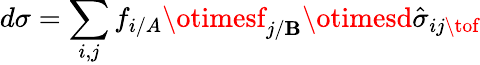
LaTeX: d\sigma=\sum_{i,j}f_{i/A}\otimesf_{j/\mathbf{B}}\otimesd\hat{{\sigma}}_{ij\tof}